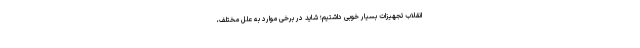
انقلاب تجهیزات بسیار خوبی داشتیم؛ شاید در برخی موارد به علل مختلف،